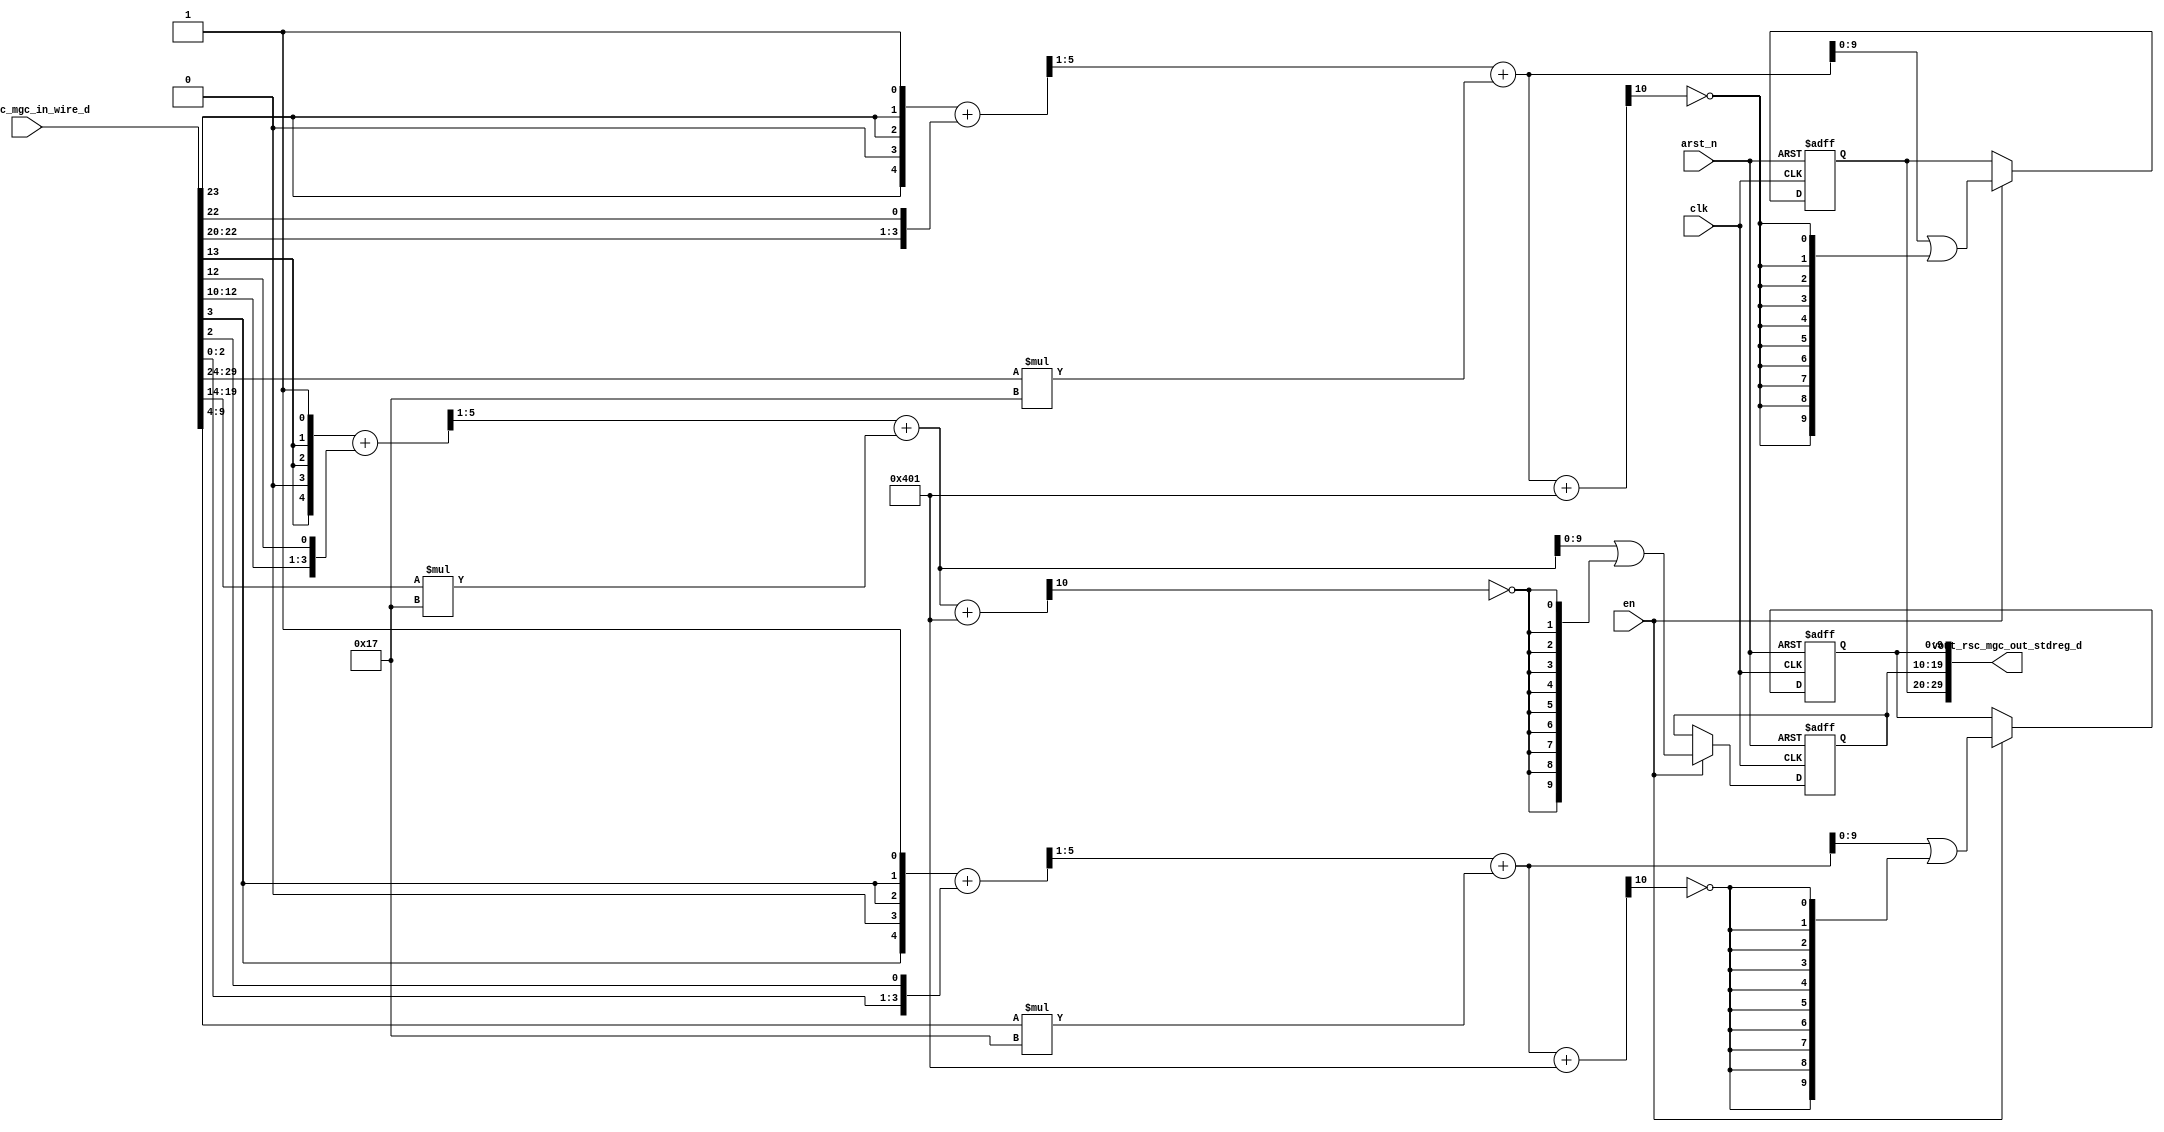
module pixel_corrector_core (
  clk, en, arst_n, vin_rsc_mgc_in_wire_d, vout_rsc_mgc_out_stdreg_d
);
  input clk;
  input en;
  input arst_n;
  input [29:0] vin_rsc_mgc_in_wire_d;
  output [29:0] vout_rsc_mgc_out_stdreg_d;


  // Interconnect Declarations
  reg [9:0] reg_vout_rsc_mgc_out_stdreg_d_tmp;
  reg [9:0] reg_vout_rsc_mgc_out_stdreg_d_tmp_1;
  reg [9:0] reg_vout_rsc_mgc_out_stdreg_d_tmp_2;
  wire [10:0] get_value_acc_psp_sva;
  wire [11:0] nl_get_value_acc_psp_sva;
  wire [10:0] get_value_1_acc_psp_sva;
  wire [11:0] nl_get_value_1_acc_psp_sva;
  wire [10:0] get_value_2_acc_psp_sva;
  wire [11:0] nl_get_value_2_acc_psp_sva;


  // Interconnect Declarations for Component Instantiations 
  assign vout_rsc_mgc_out_stdreg_d = {reg_vout_rsc_mgc_out_stdreg_d_tmp , reg_vout_rsc_mgc_out_stdreg_d_tmp_1
      , reg_vout_rsc_mgc_out_stdreg_d_tmp_2};
  assign nl_get_value_acc_psp_sva = conv_u2u_5_11(readslicef_6_5_1((conv_u2u_5_6({(vin_rsc_mgc_in_wire_d[23])
      , 1'b0 , (signext_2_1(vin_rsc_mgc_in_wire_d[23])) , 1'b1}) + conv_u2u_4_6({(vin_rsc_mgc_in_wire_d[22:20])
      , (vin_rsc_mgc_in_wire_d[22])})))) + conv_u2u_22_11(conv_u2u_6_11(vin_rsc_mgc_in_wire_d[29:24])
      * 11'b10111);
  assign get_value_acc_psp_sva = nl_get_value_acc_psp_sva[10:0];
  assign nl_get_value_1_acc_psp_sva = conv_u2u_5_11(readslicef_6_5_1((conv_u2u_5_6({(vin_rsc_mgc_in_wire_d[13])
      , 1'b0 , (signext_2_1(vin_rsc_mgc_in_wire_d[13])) , 1'b1}) + conv_u2u_4_6({(vin_rsc_mgc_in_wire_d[12:10])
      , (vin_rsc_mgc_in_wire_d[12])})))) + conv_u2u_22_11(conv_u2u_6_11(vin_rsc_mgc_in_wire_d[19:14])
      * 11'b10111);
  assign get_value_1_acc_psp_sva = nl_get_value_1_acc_psp_sva[10:0];
  assign nl_get_value_2_acc_psp_sva = conv_u2u_5_11(readslicef_6_5_1((conv_u2u_5_6({(vin_rsc_mgc_in_wire_d[3])
      , 1'b0 , (signext_2_1(vin_rsc_mgc_in_wire_d[3])) , 1'b1}) + conv_u2u_4_6({(vin_rsc_mgc_in_wire_d[2:0])
      , (vin_rsc_mgc_in_wire_d[2])})))) + conv_u2u_22_11(conv_u2u_6_11(vin_rsc_mgc_in_wire_d[9:4])
      * 11'b10111);
  assign get_value_2_acc_psp_sva = nl_get_value_2_acc_psp_sva[10:0];
  always @(posedge clk or negedge arst_n) begin
    if ( ~ arst_n ) begin
      reg_vout_rsc_mgc_out_stdreg_d_tmp <= 10'b0;
      reg_vout_rsc_mgc_out_stdreg_d_tmp_1 <= 10'b0;
      reg_vout_rsc_mgc_out_stdreg_d_tmp_2 <= 10'b0;
    end
    else begin
      if ( en ) begin
        reg_vout_rsc_mgc_out_stdreg_d_tmp <= (get_value_acc_psp_sva[9:0]) | (signext_10_1(~
            (readslicef_11_1_10((get_value_acc_psp_sva + 11'b10000000001)))));
        reg_vout_rsc_mgc_out_stdreg_d_tmp_1 <= (get_value_1_acc_psp_sva[9:0]) | (signext_10_1(~
            (readslicef_11_1_10((get_value_1_acc_psp_sva + 11'b10000000001)))));
        reg_vout_rsc_mgc_out_stdreg_d_tmp_2 <= (get_value_2_acc_psp_sva[9:0]) | (signext_10_1(~
            (readslicef_11_1_10((get_value_2_acc_psp_sva + 11'b10000000001)))));
      end
    end
  end

  function [4:0] readslicef_6_5_1;
    input [5:0] vector;
    reg [5:0] tmp;
  begin
    tmp = vector >> 1;
    readslicef_6_5_1 = tmp[4:0];
  end
  endfunction


  function [1:0] signext_2_1;
    input [0:0] vector;
  begin
    signext_2_1= {{1{vector[0]}}, vector};
  end
  endfunction


  function [0:0] readslicef_11_1_10;
    input [10:0] vector;
    reg [10:0] tmp;
  begin
    tmp = vector >> 10;
    readslicef_11_1_10 = tmp[0:0];
  end
  endfunction


  function [9:0] signext_10_1;
    input [0:0] vector;
  begin
    signext_10_1= {{9{vector[0]}}, vector};
  end
  endfunction


  function  [10:0] conv_u2u_5_11 ;
    input [4:0]  vector ;
  begin
    conv_u2u_5_11 = {{6{1'b0}}, vector};
  end
  endfunction


  function  [5:0] conv_u2u_5_6 ;
    input [4:0]  vector ;
  begin
    conv_u2u_5_6 = {1'b0, vector};
  end
  endfunction


  function  [5:0] conv_u2u_4_6 ;
    input [3:0]  vector ;
  begin
    conv_u2u_4_6 = {{2{1'b0}}, vector};
  end
  endfunction


  function  [10:0] conv_u2u_22_11 ;
    input [21:0]  vector ;
  begin
    conv_u2u_22_11 = vector[10:0];
  end
  endfunction


  function  [10:0] conv_u2u_6_11 ;
    input [5:0]  vector ;
  begin
    conv_u2u_6_11 = {{5{1'b0}}, vector};
  end
  endfunction

endmodule
module pixel_corrector (
  vin_rsc_z, vout_rsc_z, clk, en, arst_n
);
  input [29:0] vin_rsc_z;
  output [29:0] vout_rsc_z;
  input clk;
  input en;
  input arst_n;


  // Interconnect Declarations
  wire [29:0] vin_rsc_mgc_in_wire_d;
  wire [29:0] vout_rsc_mgc_out_stdreg_d;


  // Interconnect Declarations for Component Instantiations 
  mgc_in_wire #(.rscid(1),
  .width(30)) vin_rsc_mgc_in_wire (
      .d(vin_rsc_mgc_in_wire_d),
      .z(vin_rsc_z)
    );
  mgc_out_stdreg #(.rscid(2),
  .width(30)) vout_rsc_mgc_out_stdreg (
      .d(vout_rsc_mgc_out_stdreg_d),
      .z(vout_rsc_z)
    );
  pixel_corrector_core pixel_corrector_core_inst (
      .clk(clk),
      .en(en),
      .arst_n(arst_n),
      .vin_rsc_mgc_in_wire_d(vin_rsc_mgc_in_wire_d),
      .vout_rsc_mgc_out_stdreg_d(vout_rsc_mgc_out_stdreg_d)
    );
endmodule